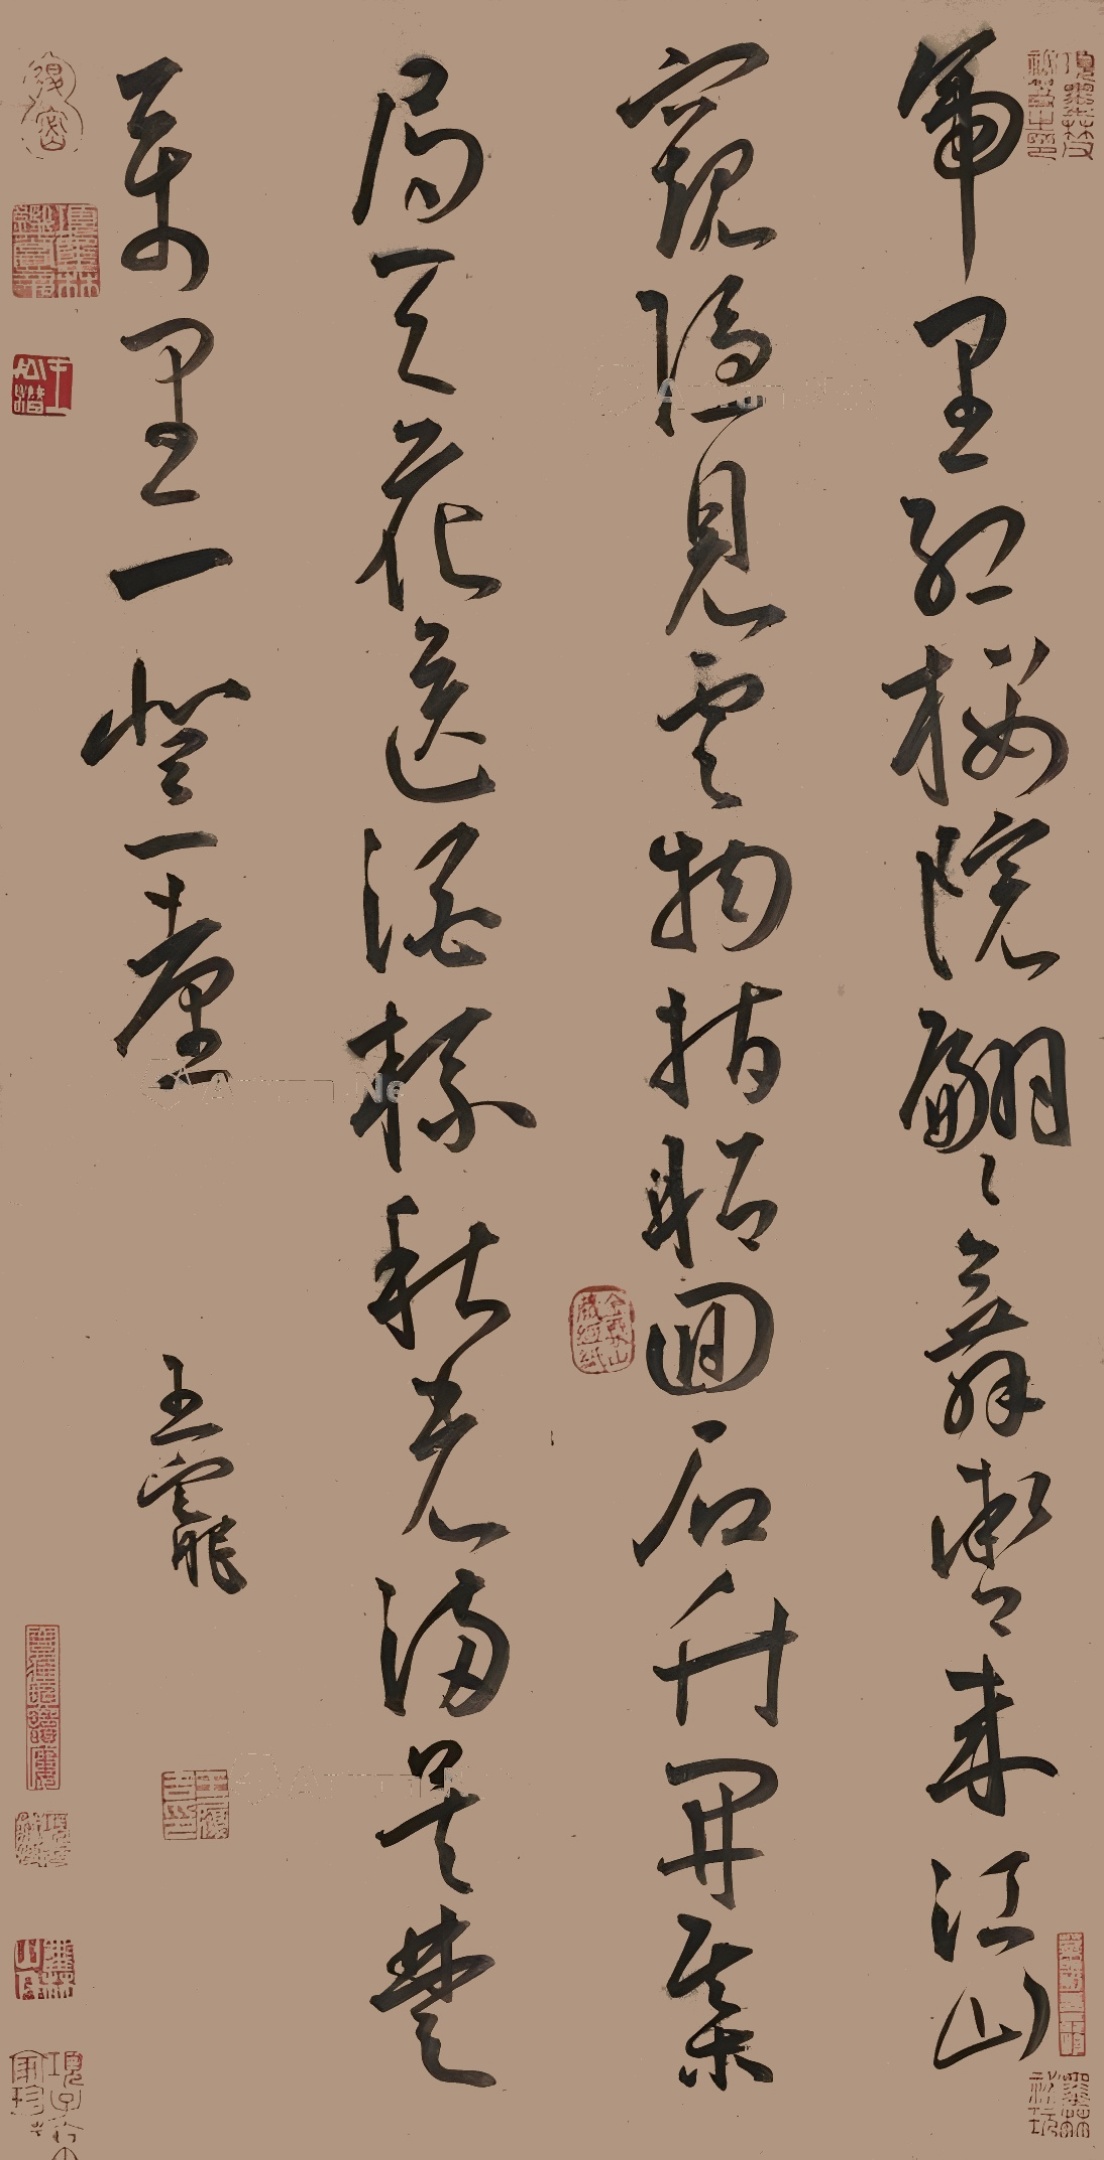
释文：帝里红樱院，翩翩舞辔来。江山窥隐见，云物指昭回。石竹开棋局，天花送酒杯。秋光满吴楚，万里一登台。王宠。